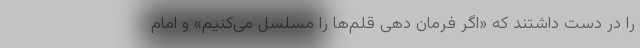
را در دست داشتند که «اگر فرمان دهی قلم‌ها را مسلسل می‌کنیم» و امام